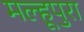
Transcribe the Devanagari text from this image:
मल्हूपुरा